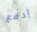
إدفع